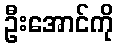
ဦးအောင်ကို